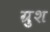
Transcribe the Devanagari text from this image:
ग्रुश